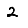
Digit: 2